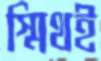
স্মিথই